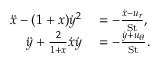
\begin{array} { r l } { \ddot { x } - ( 1 + x ) \dot { y } ^ { 2 } } & { { } = - \frac { \dot { x } - u _ { r } } { \mathrm { S t } } , } \\ { \ddot { y } + \frac { 2 } { 1 + x } \dot { x } \dot { y } } & { { } = - \frac { \dot { y } + u _ { \theta } } { \mathrm { S t } } . } \end{array}